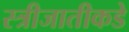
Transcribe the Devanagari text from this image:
स्त्रीजातीकडे